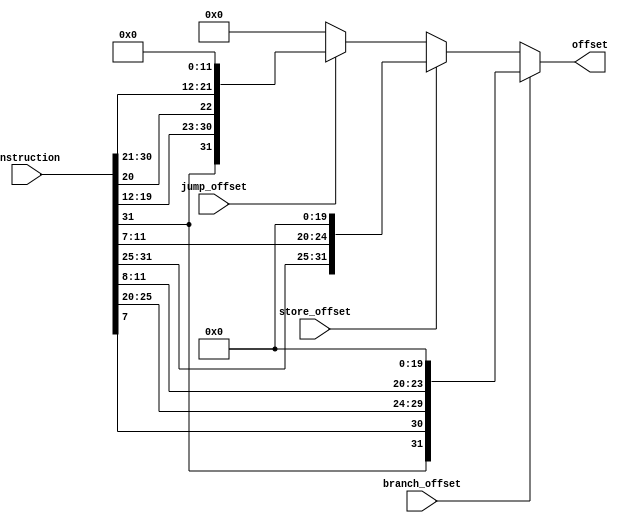
module cpu_Branch_store_offset(
	input [31:0]instruction, 
	input branch_offset,
	input store_offset,
	input jump_offset,
	
	output [31:0] offset	
);
	
	reg[31:0] offset;
	wire [11:0] branch_imm_merge;
	wire [11:0] store_imm_merge;
	wire [19:0] jump_imm_merge;

	assign branch_imm_merge = {instruction[31],instruction[7],instruction[25:20],instruction[11:8]} ;
	assign store_imm_merge = {instruction[31:25],instruction[11:7]} ;
	assign jump_imm_merge = {instruction[31],instruction[19:12],instruction[20],instruction[30:21]} ;

	always @ ( branch_offset or store_offset) begin 
		if (branch_offset) begin 
		offset <= {branch_imm_merge,20'b0000000000_0000000000} ;
		end
		
		else if (store_offset) begin
		offset <= {store_imm_merge,20'b0000000000_0000000000} ;
		end 
		
		else if (jump_offset) begin 
		offset <= {jump_imm_merge,12'b000000000000} ;
		end 
		
		else begin 
		offset <=0;
		end 
	end 

endmodule